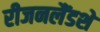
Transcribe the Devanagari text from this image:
रीजनलैंडशे